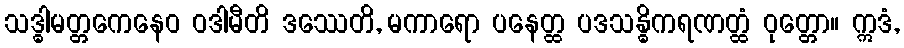
သဒ္ဓါမတ္တကေနေဝ ဝဒါမီတိ ဒဿေတိ, မကာရော ပနေတ္ထ ပဒသန္ဓိကရဏတ္ထံ ဝုတ္တော။ ဣဒံ,